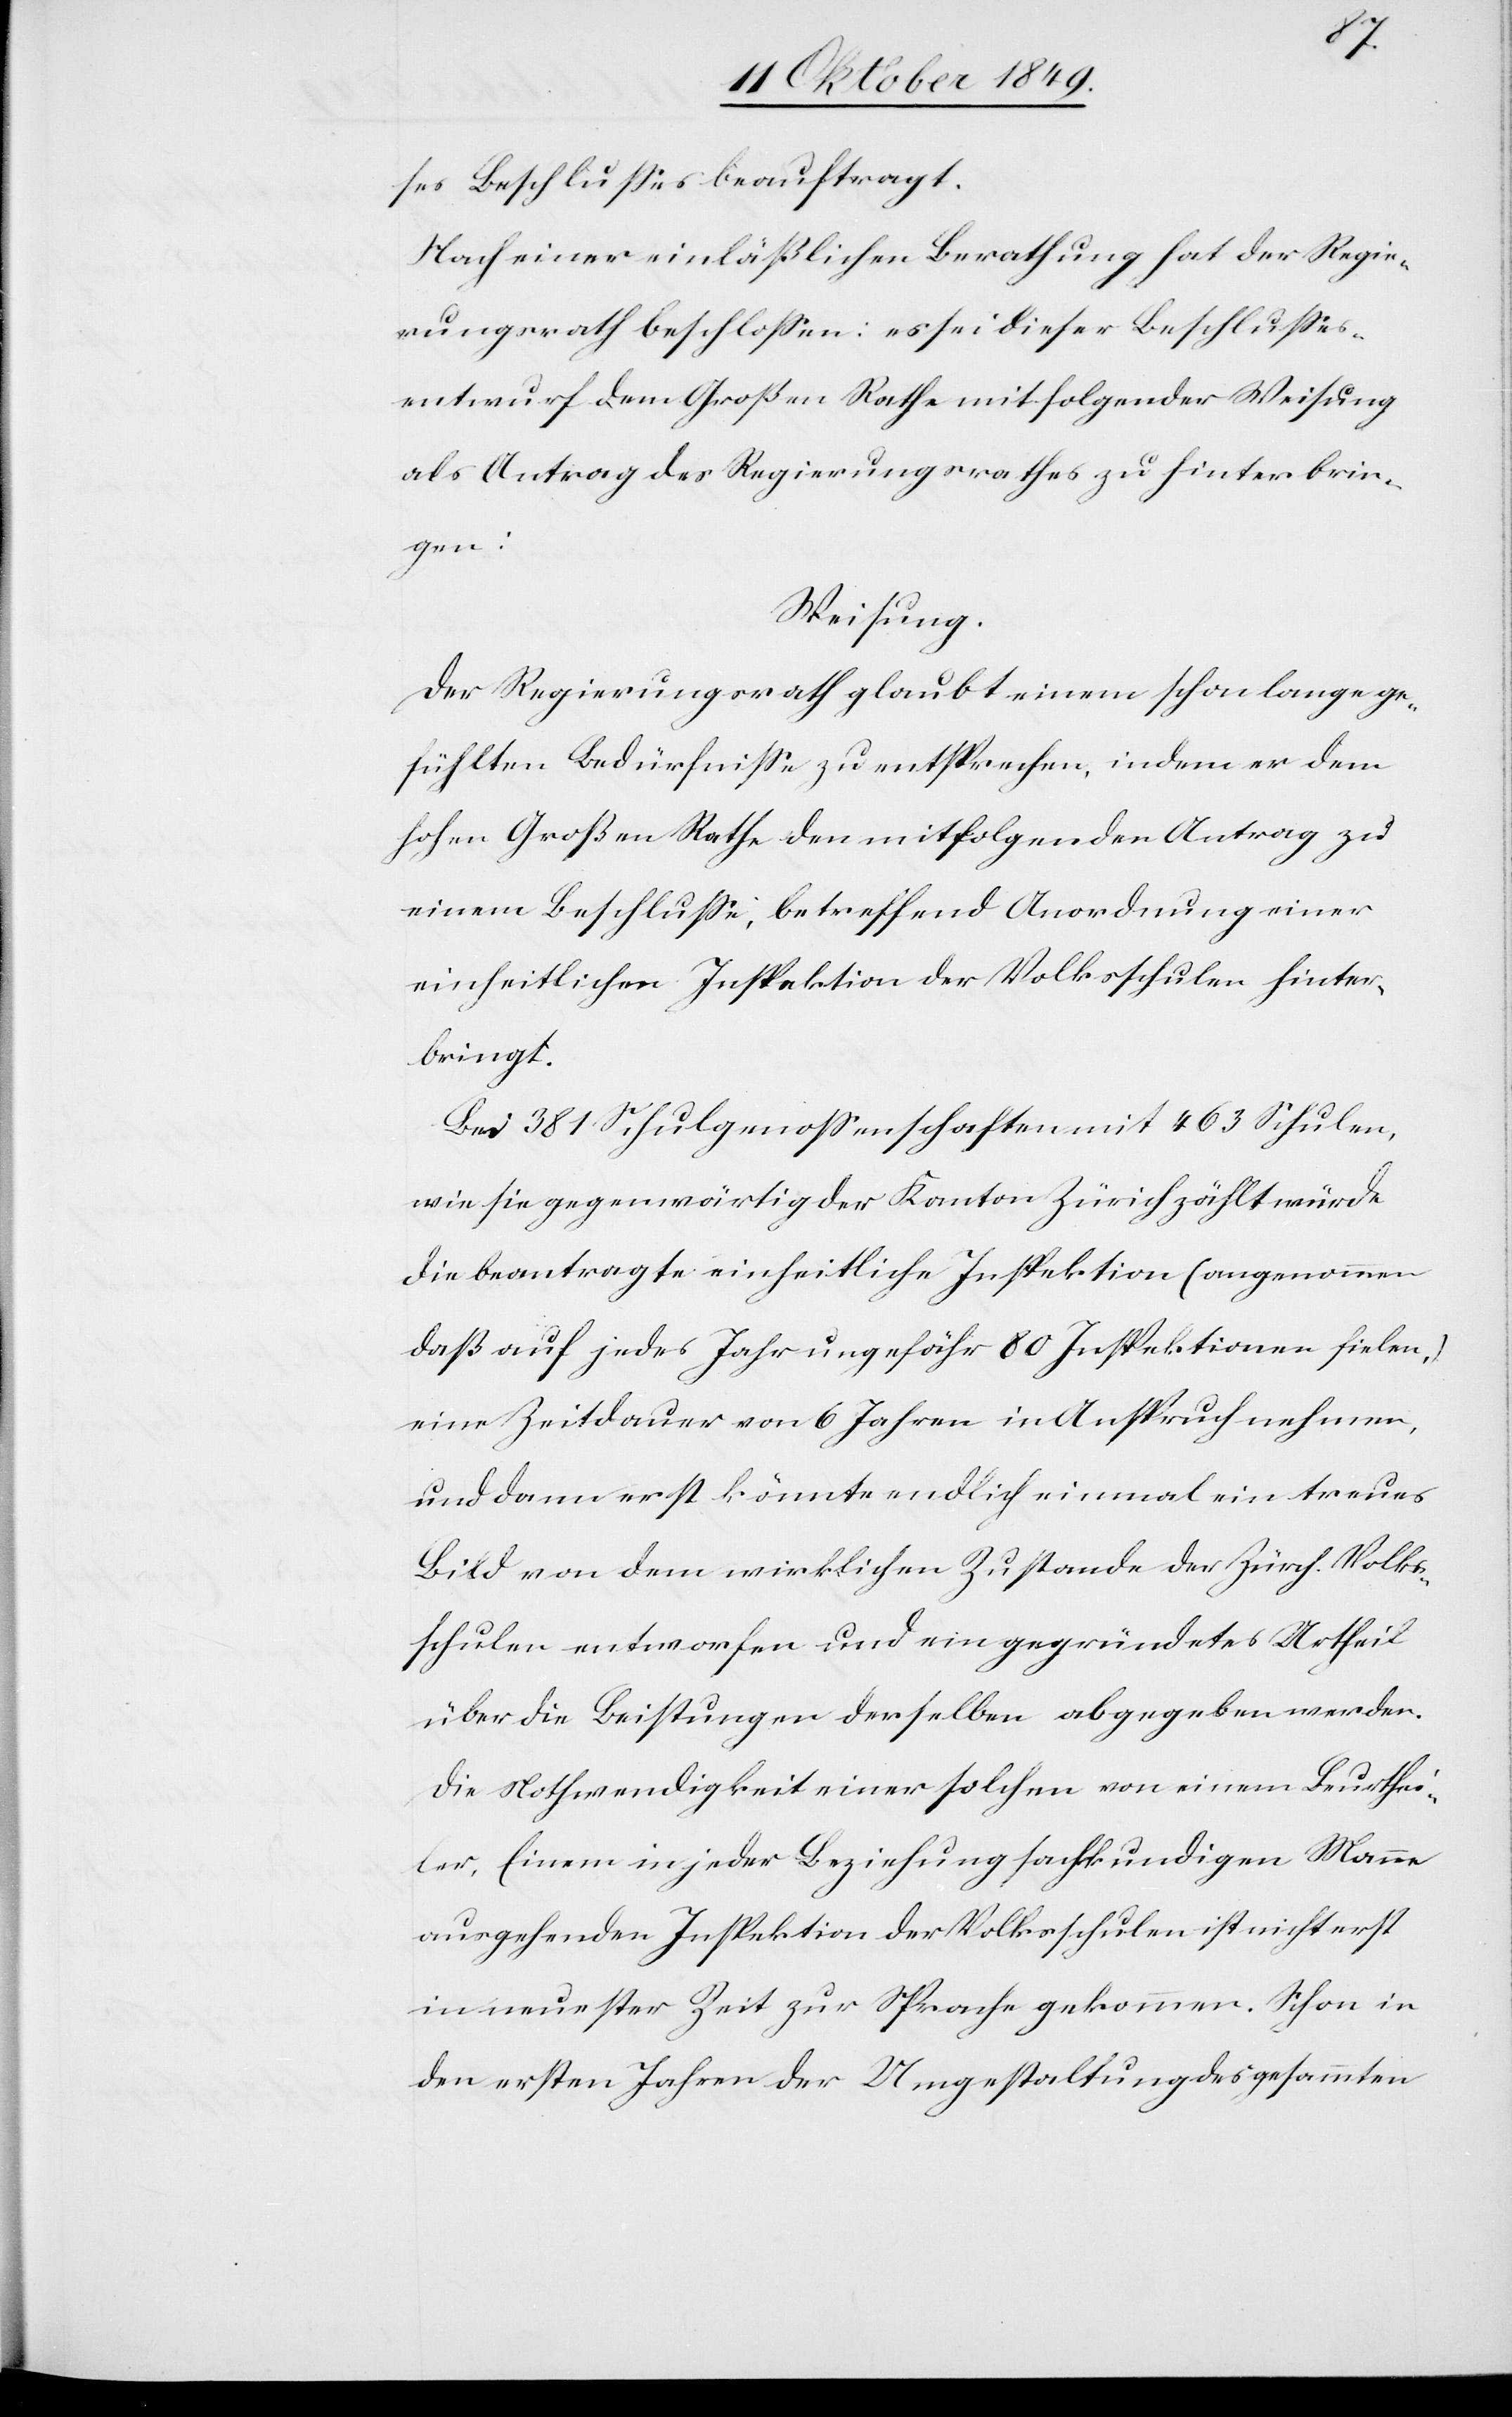
ses Beschlußes beauftragt.
Nach einer einläßlichen Berathung hat der Regie¬
rungsrath beschloßen: es sei dieser Beschlußes¬
entwurf dem Großen Rathe mit folgender Weisung
als Antrag des Regierungsrathes zu hinterbrin¬
gen:
Weisung.
Der Regierungsrath glaubt einem schon lange ge¬
fühlten Bedürfniße zu entsprechen, indem er dem
hohen Großen Rathe den mitfolgenden Antrag zu
einem Beschluße, betreffend Anordnung einer
einheitlichen Inspektion der Volksschulen hinter¬
bringt.
Bei 381 Schulgenoßenschaften mit 463 Schulen,
wie sie gegenwärtig der Kanton Zürich zählt würde
die beauftragte einheitliche Inspektion (angenommen
daß auf jedes Jahr ungefähr 80 Inspektionen fielen)
eine Zeitdauer von 60 Jahren in Anspruch nehmen,
und dann erst könnte endlich einmal ein treues
Bild von dem wirklichen Zustande der Zürch. Volks¬
schulen entworfen und ein gegründetes Urtheil
über die Leistungen derselben abgegeben werden.
Die Nothwendigkeit einer solchen von einem Beurthei¬
ler, Einem in jeder Beziehung sachkundigen Manne
ausgehenden Inspektion der Volksschulen ist nicht erst
in neuester Zeit zur Sprache gekommen. Schon in
den ersten Jahren der Umgestaltung des gesammten